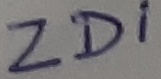
Text: ZD1